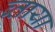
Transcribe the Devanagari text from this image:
ब्ताया